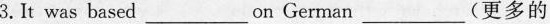
3.Itwas based ___ on German ___ (更多的